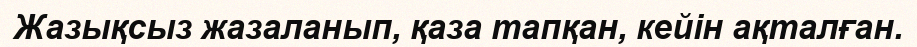
Жазықсыз жазаланып, қаза тапқан, кейін ақталған.